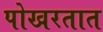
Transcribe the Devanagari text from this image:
पोखरतात